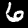
Digit: 6